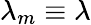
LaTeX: \lambda_{m}\equiv\lambda